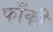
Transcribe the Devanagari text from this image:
फाँकी